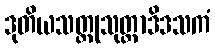
ဒုတိယသတ္ထုသုတ္တာဒိဒသကံ